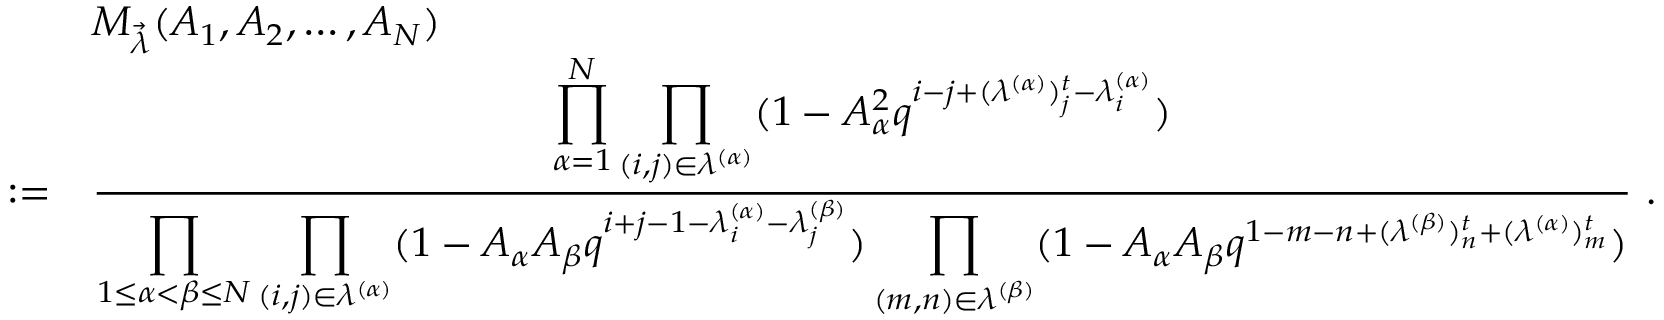
\begin{array} { r l } & { M _ { \vec { \lambda } } ( A _ { 1 } , A _ { 2 } , \dots , A _ { N } ) } \\ { : = } & { \frac { \displaystyle \prod _ { \alpha = 1 } ^ { N } \prod _ { ( i , j ) \in \lambda ^ { ( \alpha ) } } ( 1 - A _ { \alpha } ^ { 2 } q ^ { i - j + ( \lambda ^ { ( \alpha ) } ) _ { j } ^ { t } - \lambda _ { i } ^ { ( \alpha ) } } ) } { \displaystyle \prod _ { 1 \le \alpha < \beta \le N } \prod _ { ( i , j ) \in \lambda ^ { ( \alpha ) } } ( 1 - A _ { \alpha } A _ { \beta } q ^ { i + j - 1 - \lambda _ { i } ^ { ( \alpha ) } - \lambda _ { j } ^ { ( \beta ) } } ) \prod _ { ( m , n ) \in \lambda ^ { ( \beta ) } } ( 1 - A _ { \alpha } A _ { \beta } q ^ { 1 - m - n + ( \lambda ^ { ( \beta ) } ) _ { n } ^ { t } + ( \lambda ^ { ( \alpha ) } ) _ { m } ^ { t } } ) } ~ . } \end{array}